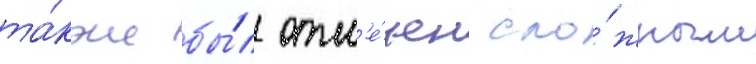
та́кже бы́л отм'е́чен сло́жным